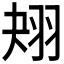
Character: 𦐋